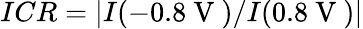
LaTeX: ICR=|I(-0.8\mathrm{~V~})/I(0.8\mathrm{~V~})|